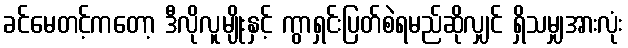
ခင်မေတင့်ကတော့ ဒီလိုလူမျိုးနှင့် ကွာရှင်းပြတ်စဲရမည်ဆိုလျှင် ရှိသမျှအားလုံး